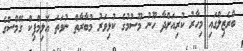
ބްރެޒިލްގައި މިހާރު ކުރިއަށްދާ ހޫނު މޫސުމުގެ ކުޅިވަރު މުބާރާތް ނުވަތަ އޮލިމްޕިކް ގޭމްސްގެ